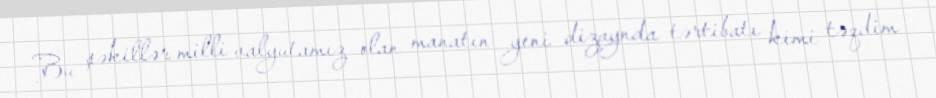
Bu şəkillər milli valyutamız olan manatın yeni dizaynda tərtibatı kimi təqdim